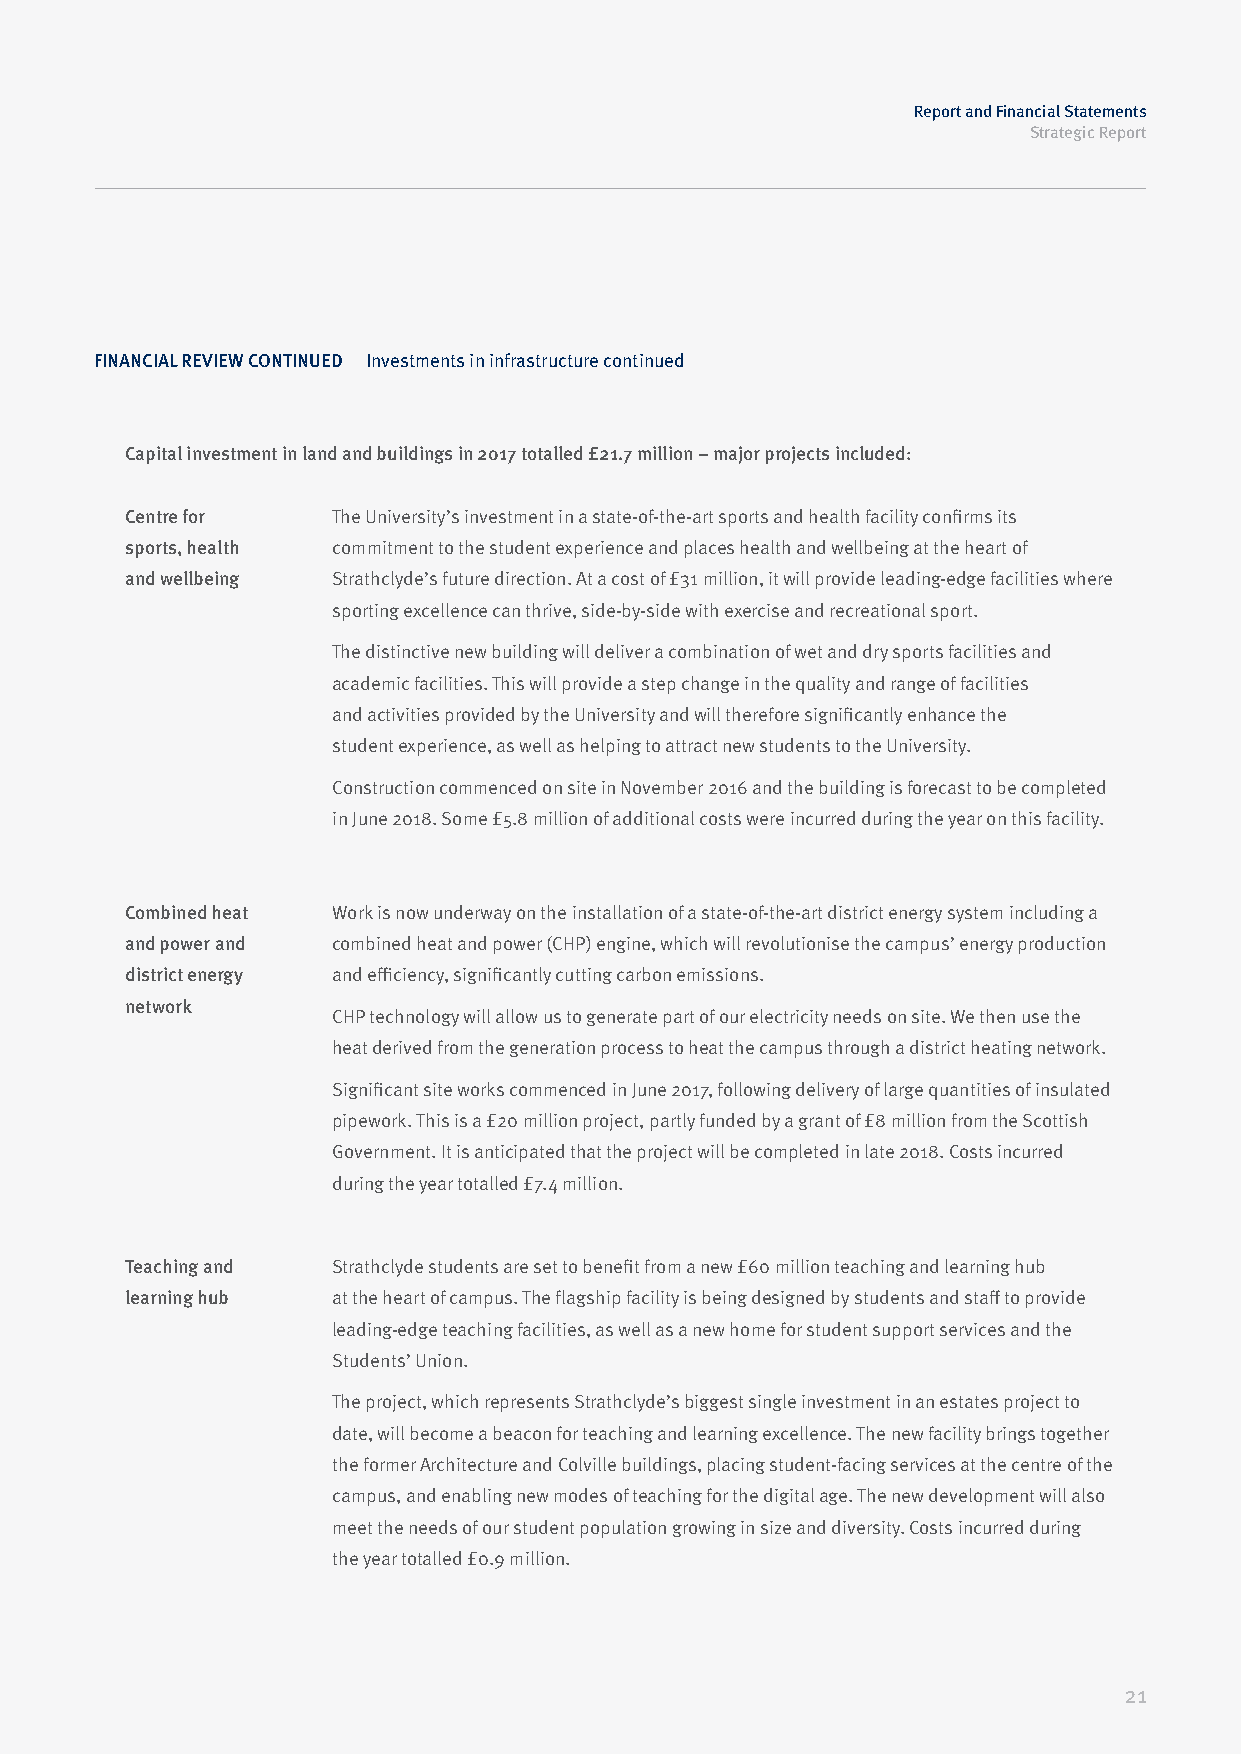
Report and Financial Statements
 Strategic Report
 FINANCIAL REVIEW CONTINUED Investments in infrastructure continued
 Capital investment in land and buildings in 2017 totalled £21.7 million – major projects included:
 Centre for    The University’s investment in a state-of-the-art sports and health facility confirms its
 sports, health commitment to the student experience and places health and wellbeing at the heart of
 and wellbeing Strathclyde’s future direction. At a cost of £31 million, it will provide leading-edge facilities where
 sporting excellence can thrive, side-by-side with exercise and recreational sport.
 The distinctive new building will deliver a combination of wet and dry sports facilities and
 academic facilities. This will provide a step change in the quality and range of facilities
 and activities provided by the University and will therefore significantly enhance the
 student experience, as well as helping to attract new students to the University.
 Construction commenced on site in November 2016 and the building is forecast to be completed
 in June 2018. Some £5.8 million of additional costs were incurred during the year on this facility.
 Combined heat Work is now underway on the installation of a state-of-the-art district energy system including a
 and power and combined heat and power (CHP) engine, which will revolutionise the campus’ energy production
 district energy and efficiency, significantly cutting carbon emissions.
 network
 CHP technology will allow us to generate part of our electricity needs on site. We then use the
 heat derived from the generation process to heat the campus through a district heating network.
 Significant site works commenced in June 2017, following delivery of large quantities of insulated
 pipework. This is a £20 million project, partly funded by a grant of £8 million from the Scottish
 Government. It is anticipated that the project will be completed in late 2018. Costs incurred
 during the year totalled £7.4 million.
 Teaching and  Strathclyde students are set to benefit from a new £60 million teaching and learning hub
 learning hub  at the heart of campus. The flagship facility is being designed by students and staff to provide
 leading-edge teaching facilities, as well as a new home for student support services and the
 Students’ Union.
 The project, which represents Strathclyde’s biggest single investment in an estates project to
 date, will become a beacon for teaching and learning excellence. The new facility brings together
 the former Architecture and Colville buildings, placing student-facing services at the centre of the
 campus, and enabling new modes of teaching for the digital age. The new development will also
 meet the needs of our student population growing in size and diversity. Costs incurred during
 the year totalled £0.9 million.
 21